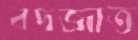
বদজাত